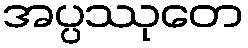
အပ္ပဿုတေ